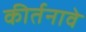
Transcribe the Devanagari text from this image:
कीर्तनावे